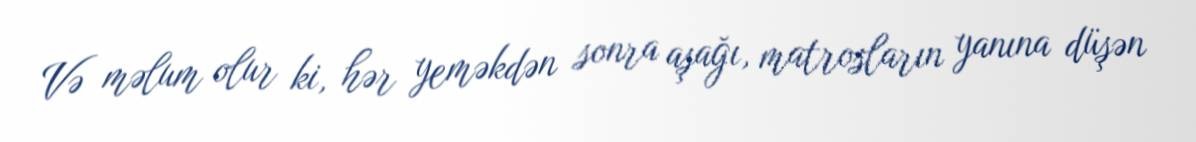
Və məlum olur ki, hər yeməkdən sonra aşağı, matrosların yanına düşən